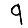
Digit: 9